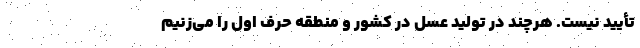
تأیید نیست. هرچند در تولید عسل در کشور و منطقه حرف اول را می‌زنیم